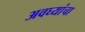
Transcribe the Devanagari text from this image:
अवघ्यांचा